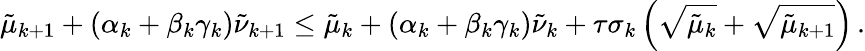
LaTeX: {\tilde{\mu}}_{k+1}+\left({\alpha}_{k}+{\beta}_{k}{\gamma}_{k}\right){\tilde{\nu}}_{k+1}\leq{\tilde{\mu}}_{k}+\left({\alpha}_{k}+{\beta}_{k}{\gamma}_{k}\right){\tilde{\nu}}_{k}+{\tau}{\sigma}_{k}\left(\sqrt{{\tilde{\mu}}_{k}}+\sqrt{{\tilde{\mu}}_{k+1}}\right)\, .